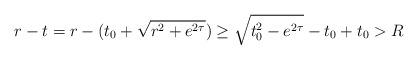
LaTeX: \begin{align*} r - t = r - (t_0 + \sqrt{r^2 + e^{2\tau}}) \geq \sqrt{t_0^2 -e^{2\tau}} - t_0 + t_0 > R\end{align*}